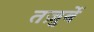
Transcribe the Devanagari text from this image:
तज़ुर्बे